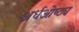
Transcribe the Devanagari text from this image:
अर्धओष्ठ्य